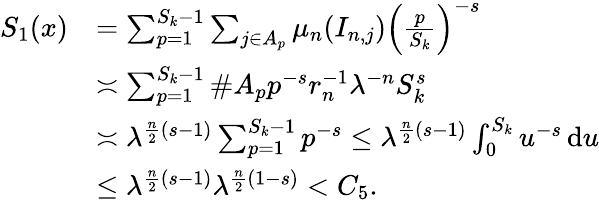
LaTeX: \begin{array}{rl}{S_{1}(x)}&{=\sum_{p=1}^{S_{k}-1}\sum_{j\in A_{p}}\mu_{n}(I_{n,j})\Bigl(\frac{p}{S_{k}}\Bigr)^{-s}}\\ &{\asymp\sum_{p=1}^{S_{k}-1}\# A_{p}p^{-s}r_{n}^{-1}\lambda^{-n}S_{k}^{s}}\\ &{\asymp\lambda^{\frac{n}{2}(s-1)}\sum_{p=1}^{S_{k}-1}p^{-s}\le\lambda^{\frac{n}{2}(s-1)}\int_{0}^{S_{k}}u^{-s}\, \mathrm{d}u}\\ &{\le\lambda^{\frac{n}{2}(s-1)}\lambda^{\frac{n}{2}(1-s)}<C_{5}.}\end{array}